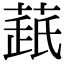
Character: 𦷘